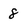
Character: 8